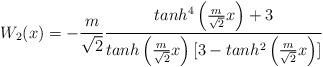
LaTeX: \begin{align*}W_2(x)=-\frac{m}{\sqrt 2}\frac{tanh^4\left(\frac{m}{\sqrt 2}x \right)+3}{tanh\left(\frac{m}{\sqrt 2}x \right)[3-tanh^2\left(\frac{m}{\sqrt 2}x \right)]}\end{align*}